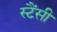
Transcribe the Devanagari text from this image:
स्टैंसी